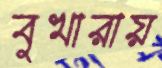
বুখারায়